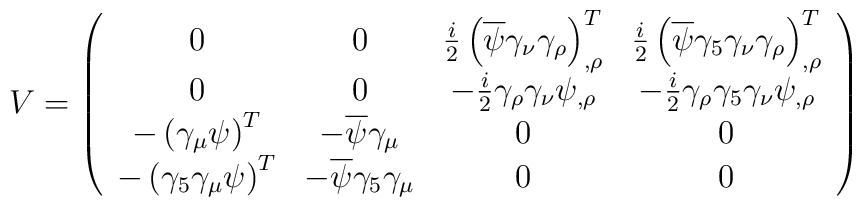
V = \left(\begin{array}{cccc}0 & 0 & \frac{i}{2} \left( \overline \psi \gamma_\nu \gamma_\rho \right)^T_{,\rho}& \frac{i}{2} \left( \overline \psi \gamma_5 \gamma_\nu \gamma_\rho \right)^T_{,\rho} \\0 & 0 & -\frac{i}{2} \gamma_\rho \gamma_\nu \psi_{,\rho} &-\frac{i}{2} \gamma_\rho \gamma_5 \gamma_\nu \psi_{,\rho} \\- \left( \gamma_\mu \psi \right)^T & - \overline \psi \gamma_\mu & 0 & 0 \\- \left( \gamma_5 \gamma_\mu \psi \right)^ T & - \overline \psi \gamma_5\gamma_\mu & 0 & 0\end{array}\right)